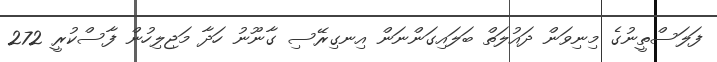
ފަލަސްތީނުގެ މިނިވަން ދައުލަތް ބަލައިގަންނަން އިނގިރޭސި ގާނޫނު ހަދާ މަޖިލިހުން ފާސްކުރީ 272